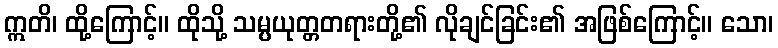
ဣတိ၊ ထို့ကြောင့်။ ထိုသို့ သမ္ပယုတ္တတရားတို့၏ လိုချင်ခြင်း၏ အဖြစ်ကြောင့်။ သော၊